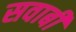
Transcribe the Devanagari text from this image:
सवाबी